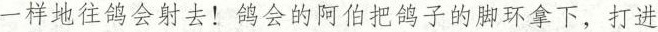
一样地往鸽会射去!鸽会的阿伯把鸽子的脚环拿下，打进